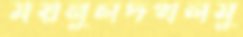
ময়নুলদখলমু